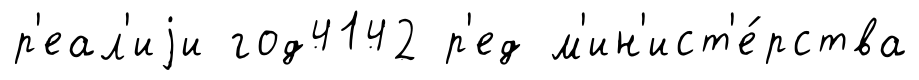
р'еал'иjи год4142 р'ед м'ин'ист'е́рства